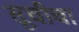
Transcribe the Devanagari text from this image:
सूचीचा